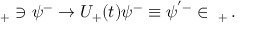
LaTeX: { \mathbf \Phi } _ { + } \ni \psi ^ { - } \to U _ { + } ( t ) \psi ^ { - } \equiv \psi ^ { ' - } \in { \mathbf \Phi } _ { + } \, .